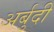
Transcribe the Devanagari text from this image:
अर्बुदी